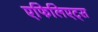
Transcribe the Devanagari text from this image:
एफिलिएट्स